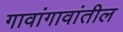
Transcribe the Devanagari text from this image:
गावांगावांतील